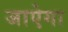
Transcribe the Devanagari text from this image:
जाऐगा